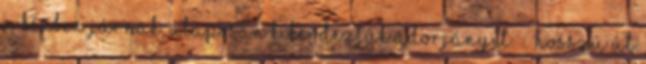
a kézben járnak, alaposan kikérdeztük Adorjányit. – “Hosszú út